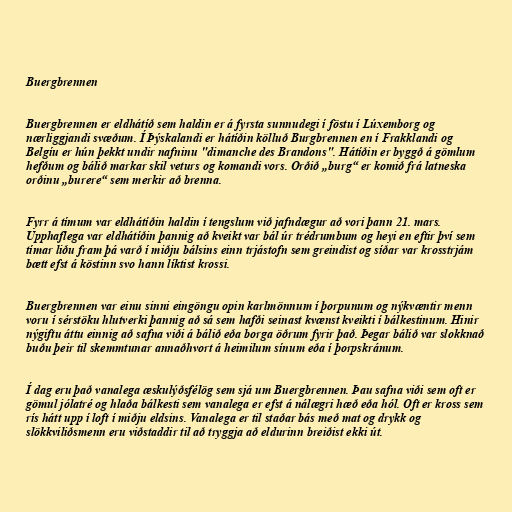
Buergbrennen

Buergbrennen er eldhátíð sem haldin er á fyrsta sunnudegi í föstu í Lúxemborg og
nærliggjandi svæðum. Í Þýskalandi er hátíðin kölluð Burgbrennen en í Frakklandi og
Belgíu er hún þekkt undir nafninu "dimanche des Brandons". Hátíðin er byggð á gömlum
hefðum og bálið markar skil veturs og komandi vors. Orðið „burg“ er komið frá latneska
orðinu „burere“ sem merkir að brenna.

Fyrr á tímum var eldhátíðin haldin í tengslum við jafndægur að vori þann 21. mars.
Upphaflega var eldhátíðin þannig að kveikt var bál úr trédrumbum og heyi en eftir því sem
tímar liðu fram þá varð í miðju bálsins einn trjástofn sem greindist og síðar var krosstrjám
bætt efst á köstinn svo hann líktist krossi.

Buergbrennen var einu sinni eingöngu opin karlmönnum í þorpunum og nýkvæntir menn
voru í sérstöku hlutverki þannig að sá sem hafði seinast kvænst kveikti í bálkestinum. Hinir
nýgiftu áttu einnig að safna viði á bálið eða borga öðrum fyrir það. Þegar bálið var slokknað
buðu þeir til skemmtunar annaðhvort á heimilum sínum eða í þorpskránum.

Í dag eru það vanalega æskulýðsfélög sem sjá um Buergbrennen. Þau safna viði sem oft er
gömul jólatré og hlaða bálkesti sem vanalega er efst á nálægri hæð eða hól. Oft er kross sem
rís hátt upp í loft í miðju eldsins. Vanalega er til staðar bás með mat og drykk og
slökkviliðsmenn eru viðstaddir til að tryggja að eldurinn breiðist ekki út.